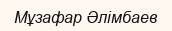
Мұзафар Әлімбаев